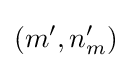
(m',n_{m}')